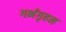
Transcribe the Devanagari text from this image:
गर्भगृहम